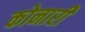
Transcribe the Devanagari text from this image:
कोनारी